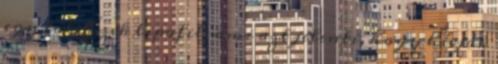
egy tál. Ezek lipofil, ami azt jelenti, hogy hívják